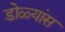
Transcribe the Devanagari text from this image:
डोळ्यांस